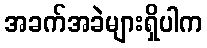
အခက်အခဲများရှိပါက